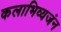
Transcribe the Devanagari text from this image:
कलाभिव्यजंन